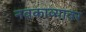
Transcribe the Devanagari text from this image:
नवकाव्यावर